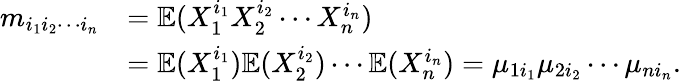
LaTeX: \begin{array}{rl}{m_{i_{1}i_{2}\cdots i_{n}}}&{=\mathbb{E}(X_{1}^{i_{1}}X_{2}^{i_{2}}\cdots X_{n}^{i_{n}})}\\ &{=\mathbb{E}(X_{1}^{i_{1}})\mathbb{E}(X_{2}^{i_{2}})\cdots\mathbb{E}(X_{n}^{i_{n}})=\mu_{1i_{1}}\mu_{2i_{2}}\cdots\mu_{ni_{n}}.}\end{array}